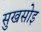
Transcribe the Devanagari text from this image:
सुखसोइ